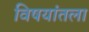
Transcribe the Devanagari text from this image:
विषयांतला